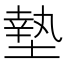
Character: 墊